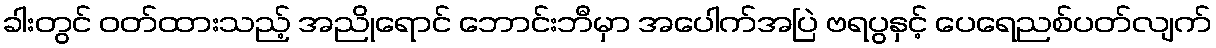
ခါးတွင် ဝတ်ထားသည့် အညိုရောင် ဘောင်းဘီမှာ အပေါက်အပြဲ ဗရပွနှင့် ပေရေညစ်ပတ်လျက်